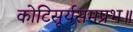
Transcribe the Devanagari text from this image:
कोटिसूर्यसमप्रभ॥